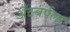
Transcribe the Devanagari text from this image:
अँटवर्पला